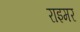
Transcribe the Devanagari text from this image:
राइमर